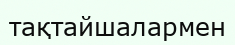
тақтайшалармен